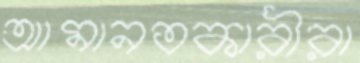
আমানতকারীরা